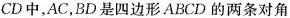
CD中，AC，BD是四边形ABCD的两条对角